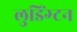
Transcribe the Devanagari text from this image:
लुडिंग्टन